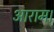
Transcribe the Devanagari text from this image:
आराम।